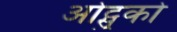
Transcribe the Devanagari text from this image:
ओट्सुको